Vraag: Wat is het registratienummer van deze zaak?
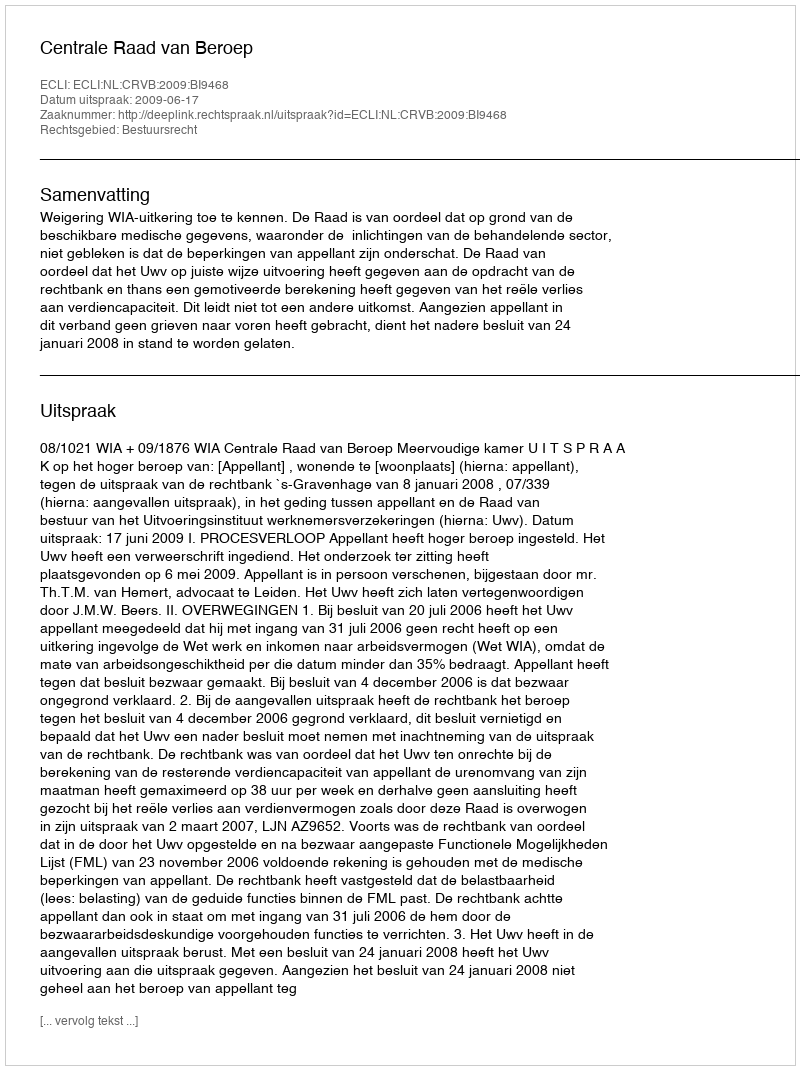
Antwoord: http://deeplink.rechtspraak.nl/uitspraak?id=ECLI:NL:CRVB:2009:BI9468